Medical and sanitary report of the native army of Bengal for the year
Year: 1874
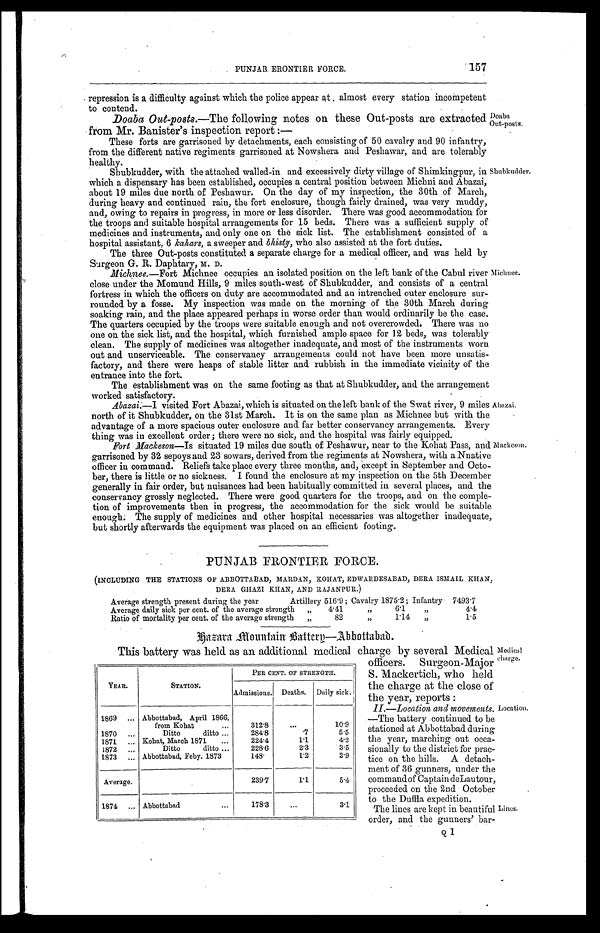
Doaba Out-posts.
Shubkudder.
Michnee
Abazai.
Mackeson.
PUNJAB ERONTIER FORCE.
157
repression is a difficulty against which the police appear at almost every station incompetent
to contend.
Doaba Out-posts. —The following notes on these Out-posts are extracted.
from Mr. Banister's inspection report:—
These forts are garrisoned by detachments, each consisting of 50 cavalry and 90 infantry,
from the different native regiments garrisoned at Nowshera and Peshawar, and are tolerably
healthy.
Shubkudder, with the attached walled-in and excessively dirty village of Shimkingpur, in
which a dispensary has been established, occupies a central position between Michni and Abazai,
about 19 miles due north of Peshawur. On the day of my inspection, the 30th of March,
during heavy and continued rain, the fort enclosure, though fairly drained, was very muddy,
and, owing to repairs in progress, in more or less disorder. There was good accommodation for
the troops and suitable hospital arrangements for 15 beds. There was a sufficient supply of
medicines and instruments, and only one on the sick list. The establishment consisted of a
hospital assistant, 6 kahars, a sweeper and bhisty, who also assisted at the fort duties.
The three Out-posts constituted a separate charge for a medical officer, and was held by
Surgeon G. R. Daphtary, M. D.
Michnee.—Fort Michnee occupies an isolated position on the left bank of the Cabul river
close under the Momund Hills, 9 miles south-west of Shubkudder, and consists of a central
fortress in which the officers on duty are accommodated and an intrenched outer enclosure sur
- r o u n d e d b y a f o s s e . M y i n s p e c t i o n w a s m a d e o n t h e m o r n i n g o f t h e 3 0 t h M a r c h d u r i n g
soaking rain, and the place appeared perhaps in worse order than would ordinarily be the case.
The quarters occupied by the troops were suitable enough and not overcrowded. There was no
one on the sick list, and the hospital, which furnished ample space for 12 beds, was tolerably
clean. The supply of medicines was altogether inadequate, and most of the instruments worn
out and unserviceable. The conservancy arrangements could not have been more unsatis
- f a c t o r y , a n d t h e r e w e r e h e a p s o f s t a b l e l i t t e r a n d r u b b i s h i n t h e i m m e d i a t e v i c i n i t y o f t h e
entrance into the fort.
The establishment was on the same footing as that at Shubkudder, and the arrangement
worked satisfactory.
Abazai.— I v i s i t e d F o r t A b a z a i , w h i c h i s s i t u a t e d o n t h e l e f t b a n k o f t h e S w a t r i v e r , 9 m i l e s
north of it Shubkudder, on the 31st March. It is on the same plan as Michnee but with the
advantage of a more spacious outer enclosure and far better conservancy arrangements. Every
thing was in excellent order; there were no sick, and the hospital was fairly equipped.
Fort Mackeson —Is situated 19 miles due south of Peshawur, near to the Kohat Pass, and
garrisoned by 32 sepoys and 23 sowars, derived from the regiments at Nowshera, with a Nnative
officer in command. Reliefs take place every three months, and, except in September and Octo
- b e r , t h e r e i s l i t t l e . o r n o s i c k n e s s . I f o u n d t h e e n c l o s u r e a t m y i n s p e c t i o n o n t h e 5 t h D e c e m b e r
generally in fair order, but nuisances had been habitually committed in several places, and the
conservancy grossly neglected. There were good quarters for the troops, and on the comple
- t i o n o f i m p r o v e m e n t s t h e n i n p r o g r e s s , t h e a c c o m m o d a t i o n f o r t h e s i c k w o u l d b e s u i t a b l e
enough: The supply of medicines and other hospital necessaries was altogether inadequate,
but shortly afterwards the equipment was placed on an efficient footing.
PUNJAB FRONTIER FORCE.
(INCLUDING THE STATIONS OF ABBOTTABAD, MARDAN, KOHAT, EDWARDESABAD, DERA ISMAIL KHAN
DERA GHAZI KHAN, AND RAJANPUR.)
Average strength present during the year Artillery 516.9; Cavalry 1875.2; Infantry 7493.7
Average daily sick per cent. of the average strength " 4.41 " 6.1 "
4.4
Ratio of mortality per cent. of the average strength " 82 " 1.14 "
1.5
K a z a r a M o u n t a i n B a t t e r y — A b b o t t a b a d .
T h i s b a t t e r y w a s h e l d a s a n a d d i t i o n a l m e d i c a l c h a r g e b y s e v e r a l M e d i c a l
officers. Surgeon-Major
S. Mackertich, who held
the charge at the close of
the year, reports:
I I . — L o c a t i o n a n d m o v e m e n t s .
—The battery continued to be
stationed at Abbottabad during
the year, marching out occa
-sionally to the district for prac
-tice on the hills. A detach
- m e n t o f 3 6 g u n n e r s , u n d e r t h e
c o mma n d o f Ca p t a i n d e L a u t o u r ,
proceeded on the 2nd October
to the Duffla expedition.
The lines are kept in. beautiful
order, and the gunners' bar-
Q1
YEAR.
STATION.
PER CENT. OF STRENGTH.
Admissions. Deaths. Daily sick.
1869
Abbottabad, April 1866,
from Kohat
312.8
10.9
1870
Ditto ditto
284.8
.7
5.5
1871
Kohat, March 1871
224.4
1. 1
4.2
1872
Ditto ditto
228.6
2. 3
3.5
1873
Abbottabad, Feby. 1873
148.
1. 2
2.9
Average.
239.7
1. 1
5.4
1874
Abbottabad
178.3
3.1
Medical
charge.
Location,
Lines.